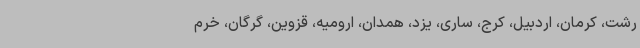
رشت، کرمان، اردبیل، کرج، ساری، یزد، همدان، ارومیه، قزوین، گرگان، خرم